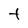
Character: t